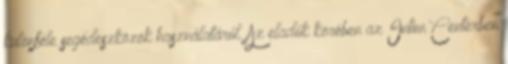
különféle segédeszközök használatáról. Az eladók körében az Intim Centerben